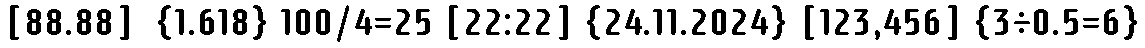
[88.88]  {1.618} 100/4=25 [22:22] {24.11.2024} [123,456] {3÷0.5=6}